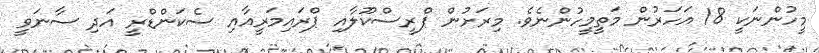
މީހުންނަކީ 18 އަހަރުން މަތީމީހުންނެވެ. މިރަށުން ޕްރީސްކޫލާއި ޕްރައިމަރީއާއި ސެކަންޑްރީ އަދި ސާނަވީ